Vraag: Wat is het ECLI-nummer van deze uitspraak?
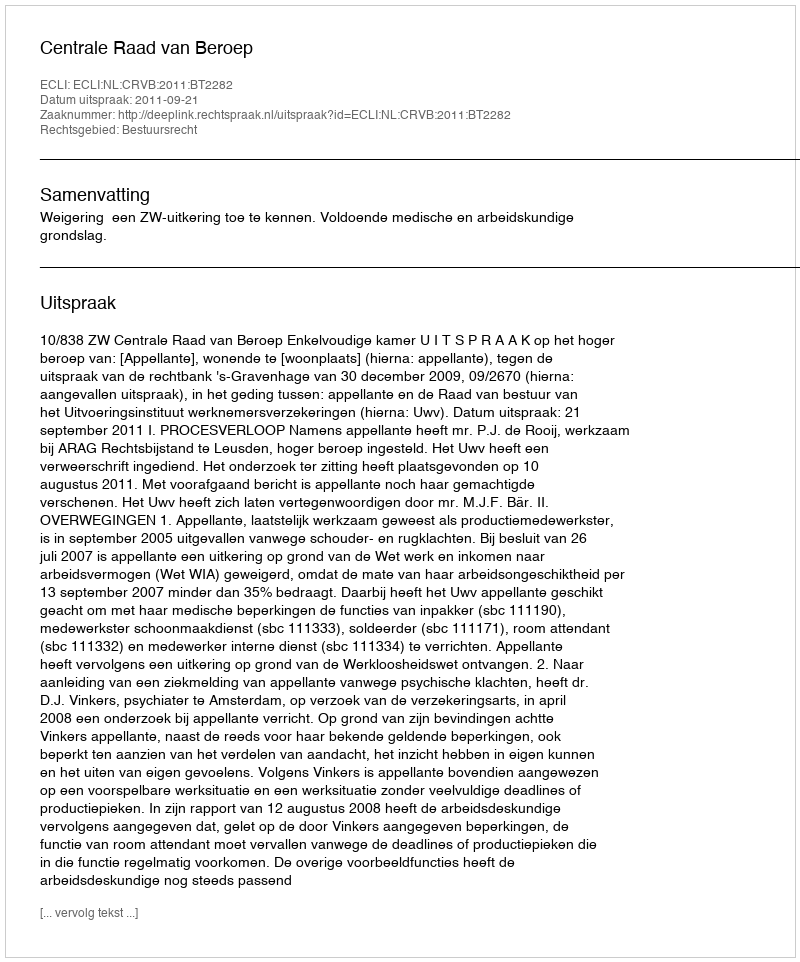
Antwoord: ECLI:NL:CRVB:2011:BT2282